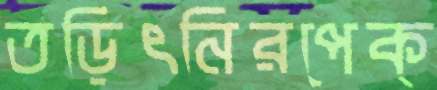
তড়িৎনিরপেক্